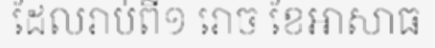
ដែលរាប់ពី១ រោច ខែអាសាធ